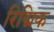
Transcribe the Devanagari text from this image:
रिद्मिक